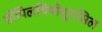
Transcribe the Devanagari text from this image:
प्रोपिलथियोयूरासिल